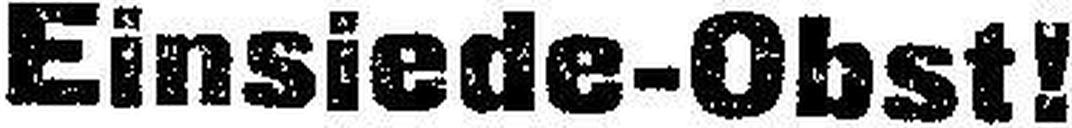
Einsiede-Obst!